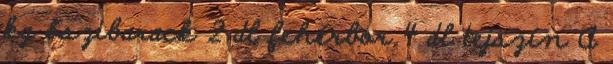
kg őszibarack 2 dl fehérbor 4 dl tejszín A